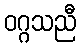
ဝဂ္ဂသညီ